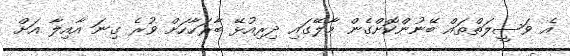
އެ ވަސީލަތްތައް ބޭނުންކޮށްގެން މާލޭގައި ދިރިއުޅޭ ބާރަހާހަށް ވުރެ ގިނަ އާއިލާ އަށް